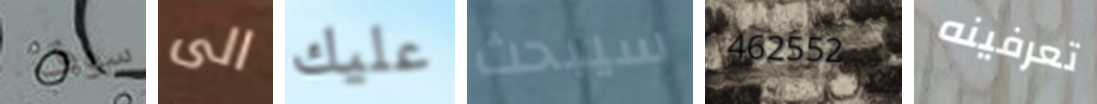
سوف الى عليك سيبحث 462552 تعرفينه